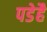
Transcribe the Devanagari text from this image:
पडेहै